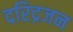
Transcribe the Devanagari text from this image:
दरिद्रजन